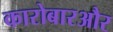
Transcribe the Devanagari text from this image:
कारोबारऔर